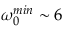
\omega _ { 0 } ^ { m i n } \sim 6